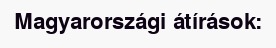
Magyarországi átírások: